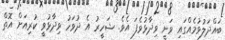
ބައްދަލުވުމެއްގައި ވަނީ ވިދާޅުވެފަ އެވެ. ޝަހީރު އެ ދުވަހު ވިދާޅުވީ ކުރިއަށް އޮތް